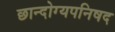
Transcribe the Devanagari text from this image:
छान्दोग्यपनिषद